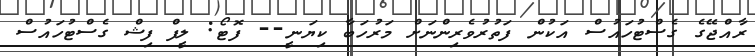
ރާއްޖޭގެ ގެސްޓުހައުސް އަކުން ފަތުރުވެރިންނަށް މަރުހަބާ ކިޔަނީ-- ފޮޓޯ: ލީފް ފިޝް ގެސްޓުހައުސް